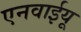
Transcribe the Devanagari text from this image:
एनवाईयू